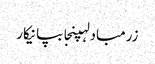
زرمبادلہپنجابپانیکار